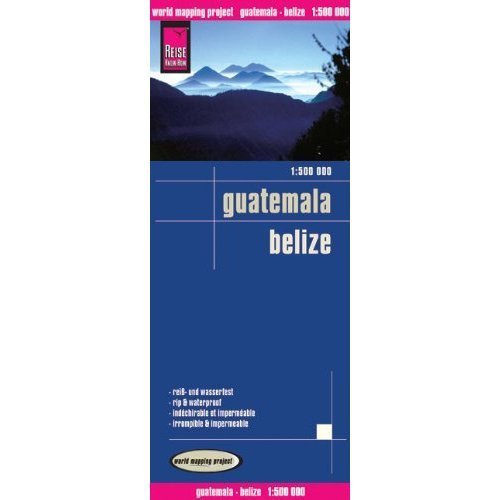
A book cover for Guatemala & Belize 1 : 500,000 Travel Map, waterproof, GPS-compatible REISE; Reise KnowHow; Travel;